Indian journal of veterinary science and animal husbandry - Volumes 26-27, 1956-1957
Year: 1956
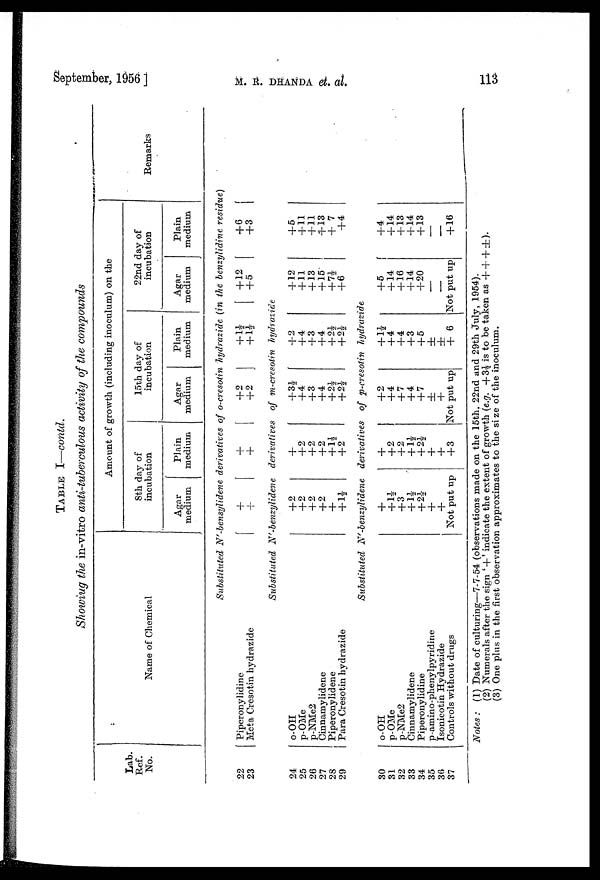
September, 1956 ] M. R. DHANDA et. al.
113
TABLE I—contd.
Showiug the in-vitro anti-tuberculous activity of the compounds
Lab.
Ref.
No.
Name of Chemical
Amount of growth (including inoculum) on the
8th day of
incubation
Agar
medium
Plain
medium
15th day of
incubation
Agar
medium
Plain
medium
22nd day of
incubation
Agar
medium
Plain
medium
Remarks
Substituted N'-bensylidene derivatives of o-cresotin hydrazide (in the benzylidine residue)
22
23
Piperonylidine
Meta Cresotin hydrazide
+
+
+
+
+2
+2
+1½
+1½
+12
+5
+6
+3
Substituted N'-benzylidene
derivatives
of m-cresotin
hydrazide
24
25
26
27
28
29
o-OH
p-OMe
p-NMe2
Cinnamylidene
Piperonylidene
Para Cresotin hydrazide
+2
+2
+2
+2
+
+1½
+
+2
+2
+2
+1½
+2
+3½
+4
+3
+4
+2½
+2½
+2
+4
+3
+4
+2½
+2½
+12
+11
+13
+15
+7½ +6
+5
+11
+11
+13
+7
+4
Substituted N'-benzylidene
derivatives
of p-cresotin
hydrazide
30
31
32
33
34
35
36
37
o-OH
p-OMe
p-NMe2
Cinnamylidene
Piperonylidine
p-amino-phenylpyridine
Isonicotin Hydrazide
Controls without drugs
+
+1½
+3
+1½ +2½
+
+
Not put up
+
+2
+2
+1½
+2½
+
+
+3
+2
+4
+7
+4
+7
± +
Not put up
+1½
+4
+4
+3
+5
± ±
+6
+5
+14
+16
+14
+20
—
—
Not put up
+4
+14
+13
+14
+13
—
—
+16
Notes : (1) Date of culturing—7-7-54 (observations made on the 15th, 22nd and 29th July, 1954).
(2) Numerals after the sign ' + ' indicate the extent of growth (e.g. +3½ is to be taken as +++± ).
(3) One plus in the first observation approximates to the size of the inoculum.